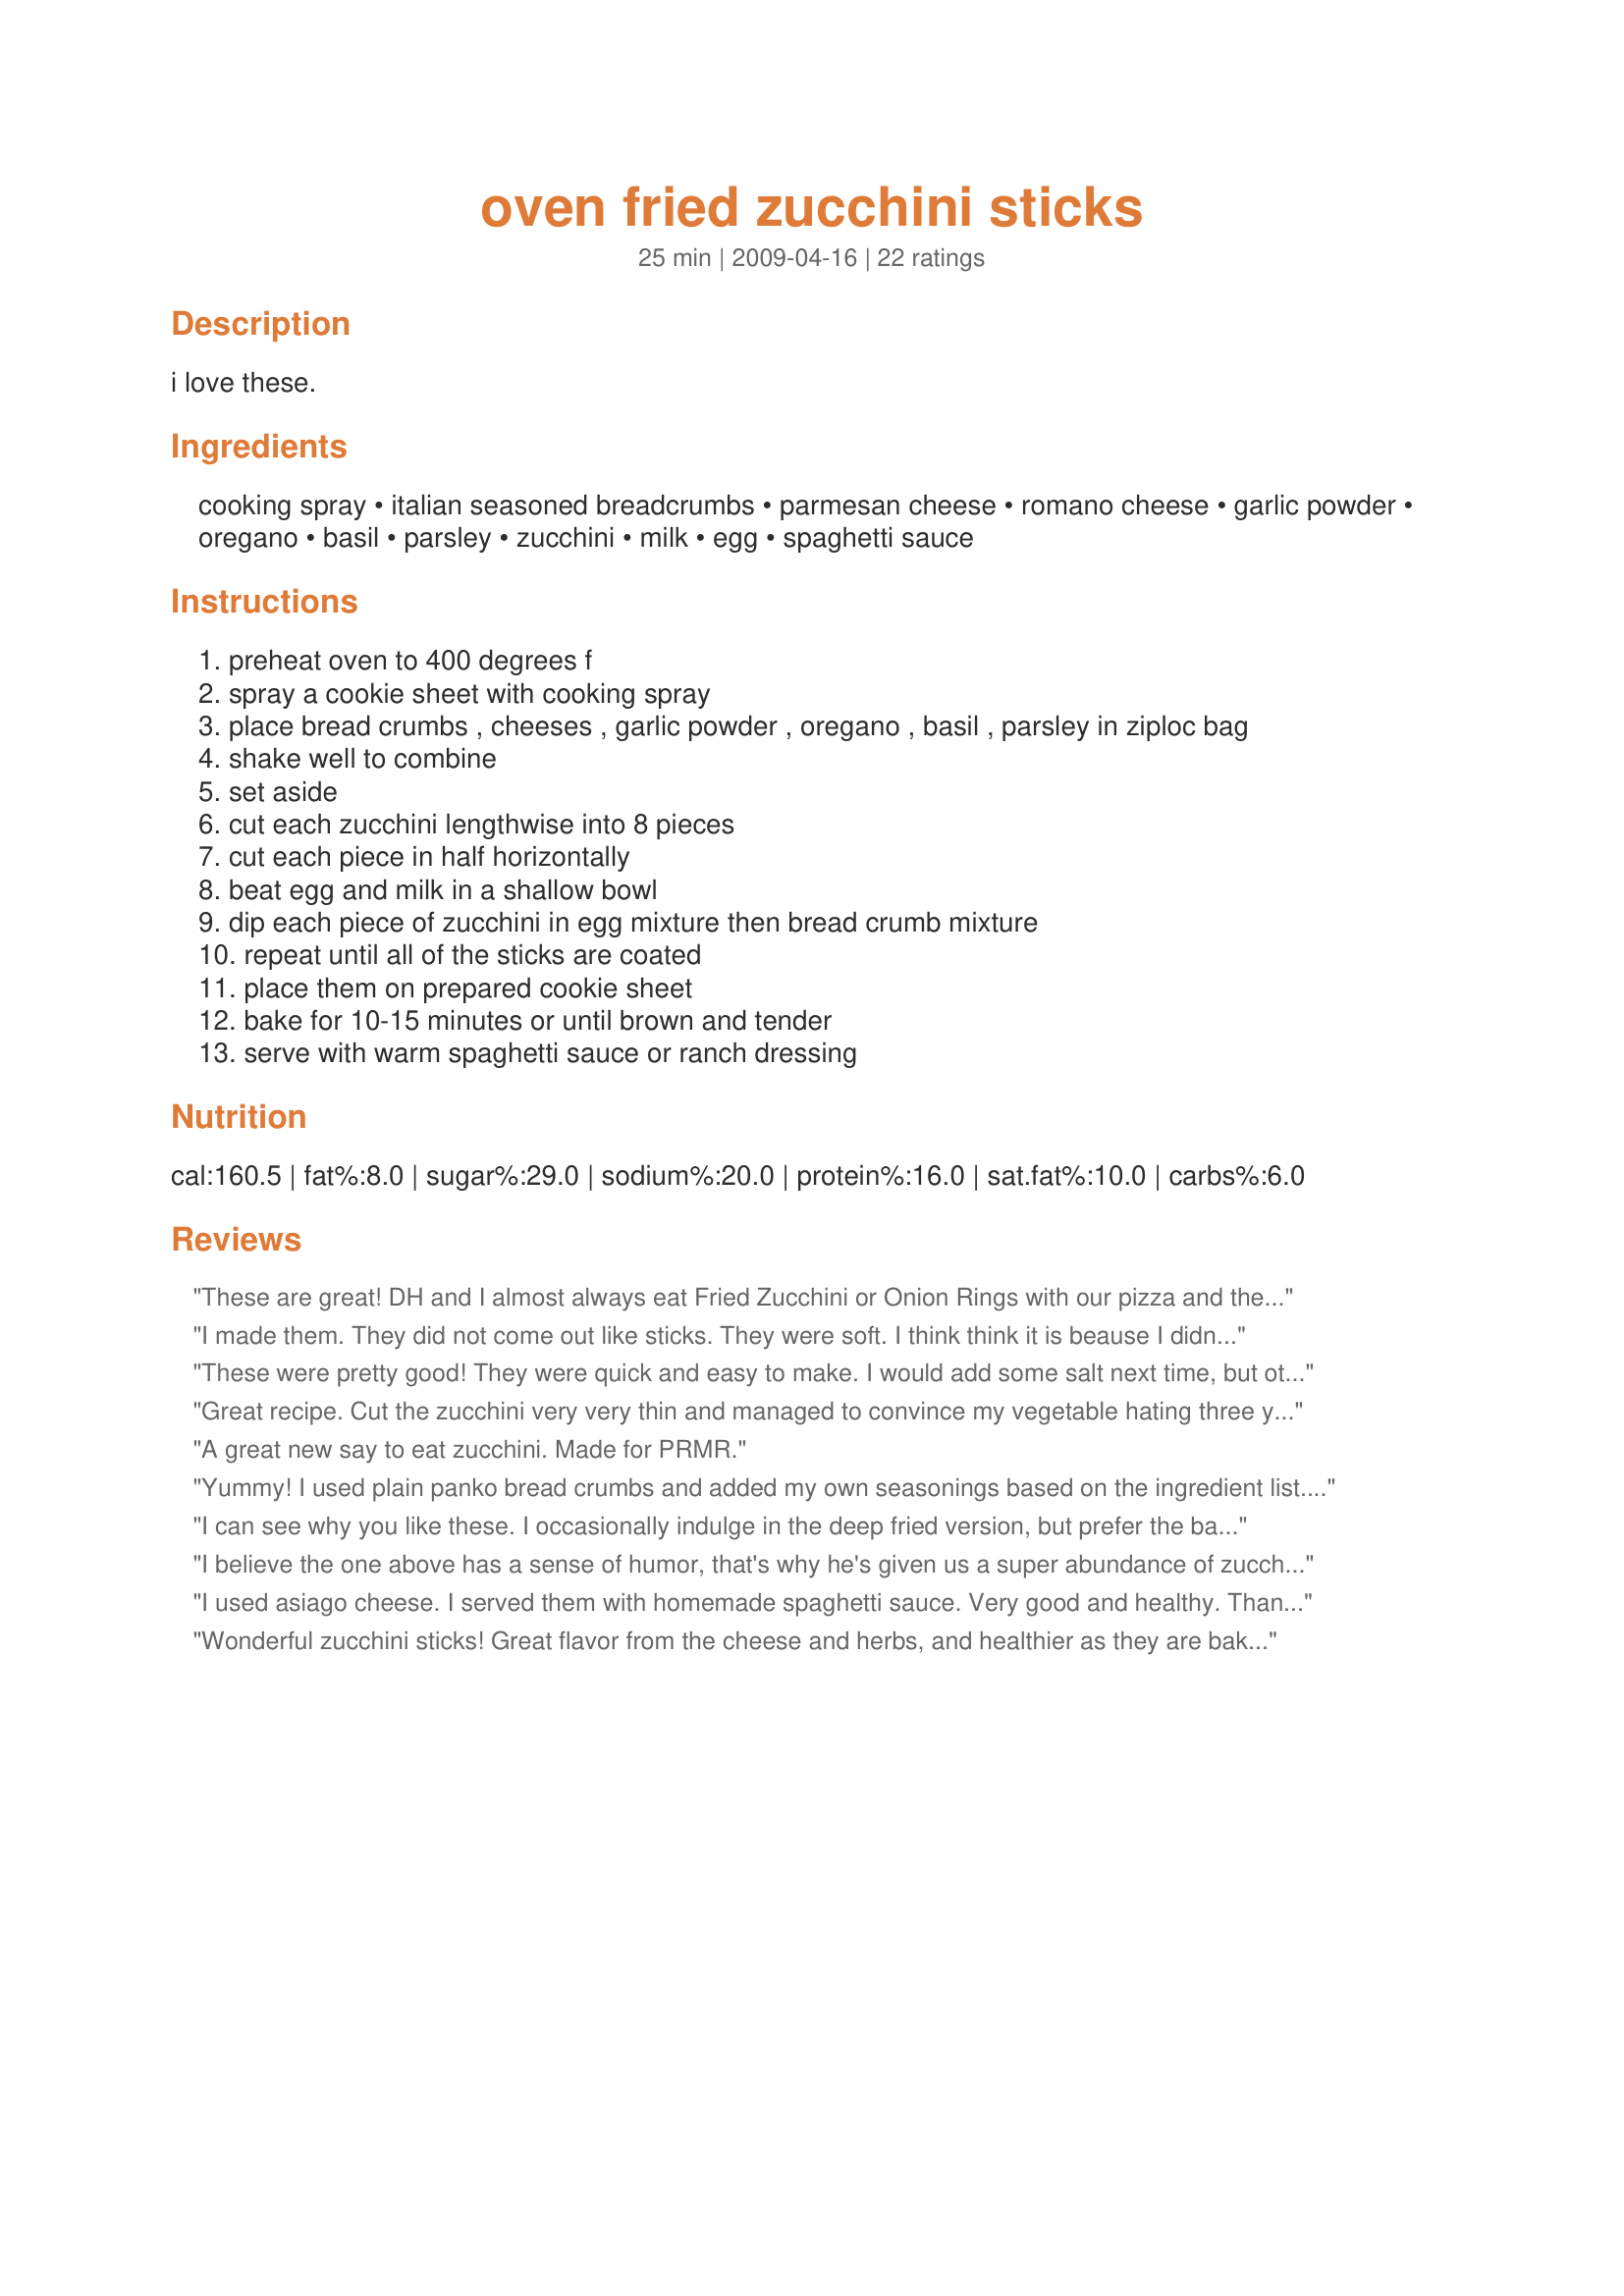
oven fried zucchini sticks
Preparation time: 25 minutes

i love these.

Ingredients:
cooking spray, italian seasoned breadcrumbs, parmesan cheese, romano cheese, garlic powder, oregano, basil, parsley, zucchini, milk, egg, spaghetti sauce

Steps:
preheat oven to 400 degrees f
spray a cookie sheet with cooking spray
place bread crumbs , cheeses , garlic powder , oregano , basil , parsley in ziploc bag
shake well to combine
set aside
cut each zucchini lengthwise into 8 pieces
cut each piece in half horizontally
beat egg and milk in a shallow bowl
dip each piece of zucchini in egg mixture then bread crumb mixture
repeat until all of the sticks are coated
place them on prepared cookie sheet
bake for 10-15 minutes or until brown and tender
serve with warm spaghetti sauce or ranch dressing

Reviews:
These are great! DH and I almost always eat Fried Zucchini or Onion Rings with our pizza and these are a great Guilt-Free way to enjoy them! The first time I made them I didn't add anything extra because my Italian Breadcrumbs are already seasoned and have cheese added. They were good but powderey. Made them again adding the fresh grated Parmesan (still no extra seasonings because of the seasoned bread crumbs) and it made them better. I double dipped them to make a thicker coating and they came out nice and crispy. Thanks for a great recipe!
I made them. They did not come out like sticks. They were soft. I think think it is beause I didn't use the flour. Other than that, they did taste good.
These were pretty good! They were quick and easy to make. I would add some salt next time, but other than that, the bread crumb mixture was really good.
Great recipe. Cut the zucchini very very thin and managed to convince my vegetable hating three year old these were french fries. Thanks!
A great new say to eat zucchini. Made for PRMR.
Yummy! I used plain panko bread crumbs and added my own seasonings based on the ingredient list. I also sprayed the tops with some olive oil before baking. My 4 year old who doesn't like zucchini gobbled them up!
I can see why you like these. I occasionally indulge in the deep fried version, but prefer the baked. I used 4 zucchini and I'm glad I did, because the 3 of us polished off every last spear. The dipping sauce of choice was a mixture of sour cream and horseradish. Yum! Made for Every Day Tag. :)
I believe the one above has a sense of humor, that's why he's given us a super abundance of zucchini. Amen, my brothers and sisters, give me a big AMEN! Made for PRMR.
I used asiago cheese. I served them with homemade spaghetti sauce. Very good and healthy. Thanks Lainey :) Made for PRMR tag game
Wonderful zucchini sticks! Great flavor from the cheese and herbs, and healthier as they are baked instead of fried. Served as is for a side dish; would be a great appetizer with the dipping sauces you suggested. Thanks for sharing the recipe! Made for the Best of 2011 event, recommended by NorthwestGal
I made these after seeing Lori Mama's photo...I LOVE zucchini sticks which are usually fried so finding this recipe lets me enjoy them guilt-free!! Awesome! I made a smoky ranch dip for these and oh boy are they great!
Wonderful!! These are absolutely terrific! I love that they are not fried but baked and still come out crispy with a fantastic coating on them! We gobbled them all up! Thanks Lainey for sharing! :)
I really liked these! I had to make a couple of substitutions, based on what I had on hand- water instead of milk, and italian seasoning instead of the basil and parsley. The breading was light and crunchy- with really good flavor. Even DH, who doesn't really like zucchini, ate one and praised the coating. This is a definite make again recipe. We ate them plain as a side dish, but I thought they would be excelent with a side of pizza sauce.
These are awesome!! The whole family loved them, and the kids are enjoying the leftovers cold! We will make these again! Made for ZWT7 - Italy.
Great low-fat and yummy recipe. Just love oven baking when the end result is so delicious. :) I added some rosemary, sage and thyme to the oregano and basil - love using lots of herbs - and used minced garlic instead of the garlic powder. And added a generous dollop of creamy Greek yoghurt onto the zucchini sticks as that's what I was in the mood for. Thank you, Lainey, for sharing such an easy to make and flavoursome recipe. We enjoyed this with Recipe #301205. Made for Gimme 5.
Tasty (and semi-healthy) snack. I made them with spaghetti one night as an appetizer. They were definately not WOW for me, but they were very good and will probably make again sometime in the future. Would probably be awesome fried...
What a tasty sidedish this proved to be! Only had parmesan, but can't wait to try with the addition of asiago. We looooved these with ranch dressing. Thanks!
Really good!! We really enjoyed these!
I got some fresh zucchini from the Farmers Market and whipped these up to go with some Lasagna. They worked great as dipping sticks and just to mop up the sauce. I did shred up some of my own breadcrumbs along with store bought to make sure I had enough. Very good and glad to have tried zucchini in this way! Made for ZWT7!
These were so easy to make, and they were positively delicious. I didn't bother with dipping sauce but instead served them as a side dish with baked lasagna. Everyone in my family loves cheese, so I went with a full 2 Tbsp of both romano and asiago, and we really enjoyed them. I will definitely make this recipe again. Thanks, Lainey6605. Made for ZWT7, Mischief Makers team.
Both of us liked these. I used fresh grated parmesan cheese-double the amount omitting the romano cheese. We liked them best plain-without sauce.
Super quick tasty recipe. I actually just left all the dry ingredients in the bag, dipped all the pieces and threw it into the bag and shook it. Worked great. I also used gluten free panko bread crumbs just because that&#039;s what i had lying around and sprayed the tops really quick with a spray coconut oil just to make it a little more crispy.
